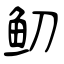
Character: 鱽